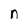
Character: n